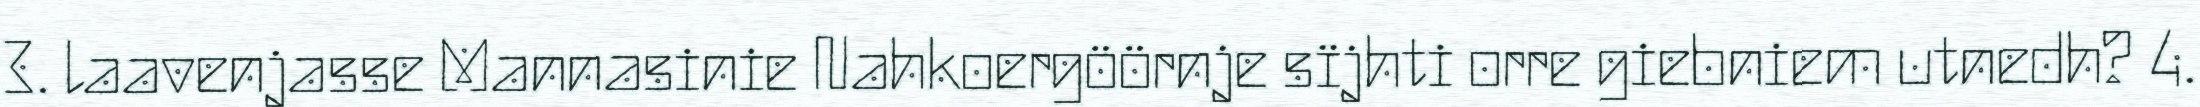
3. laavenjasse Mannasinie Nahkoergöörnje sïjhti orre giebniem utnedh? 4.